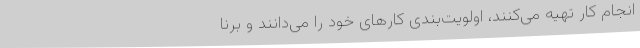
انجام کار تهیه می‌کنند، اولویت‌بندی کارهای خود را می‌دانند و برنا